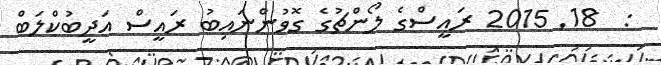
:  18